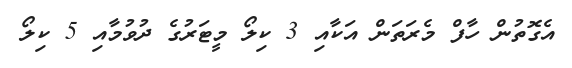
އެގޮތުން ހާފް މެރަތަން އަކާއި 3 ކިލޯ މީޓަރުގެ ދުވުމާއި 5 ކިލޯ